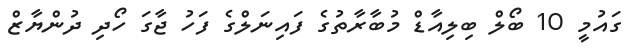
ގައުމީ 10 ބޯލް ބިލިއާޑް މުބާރާތުގެ ފައިނަލްގެ ފަހު ޖާގަ ހޯދި ދުންޔާޒް